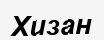
Хизан